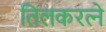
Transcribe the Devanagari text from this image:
तिलकरत्‍ने